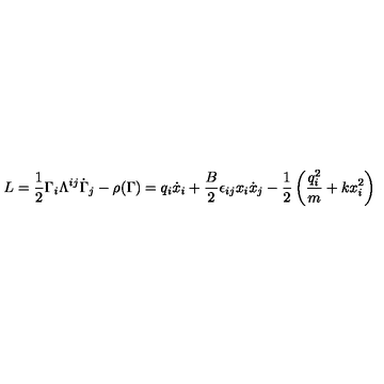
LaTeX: L = \frac { 1 } { 2 } \Gamma _ { i } \Lambda ^ { i j } \dot { \Gamma } _ { j } - \rho ( \Gamma ) = q _ { i } \dot { x } _ { i } + \frac { B } { 2 } \epsilon _ { i j } x _ { i } \dot { x } _ { j } - \frac { 1 } { 2 } \left( \frac { q _ { i } ^ { 2 } } { m } + k x _ { i } ^ { 2 } \right)